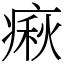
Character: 㾭